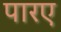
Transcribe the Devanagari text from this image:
पारए